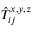
\hat { T } _ { i j } ^ { x , y , z }